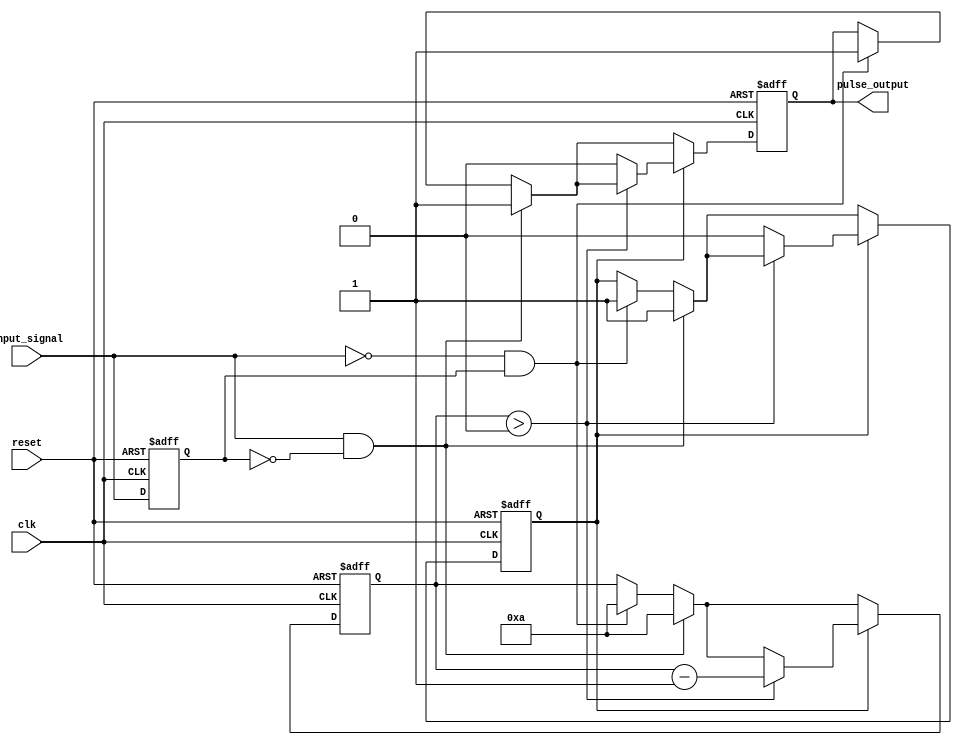
module pulse_edge_detector (
    input wire clk,               // Clock signal
    input wire reset,             // Asynchronous reset
    input wire input_signal,      // Input signal to detect edges
    output reg pulse_output        // Pulse output
);

    reg prev_state;               // Register to hold previous state of input_signal
    reg pulse_active;             // Flag to indicate if pulse is active
    reg [3:0] pulse_counter;      // Counter to control pulse width (4-bit for example)

    // Parameter for pulse width
    parameter PULSE_WIDTH = 4'd10; // Adjust this value for desired pulse width

    // Sequential logic to capture the previous state
    always @(posedge clk or posedge reset) begin
        if (reset) begin
            prev_state <= 1'b0;     // Reset previous state to low
            pulse_active <= 1'b0;   // Deactivate pulse
            pulse_output <= 1'b0;    // Reset pulse output
            pulse_counter <= 4'd0;   // Reset counter
        end else begin
            // Check for edge detection
            if (input_signal && !prev_state) begin
                // Rising edge detected
                pulse_active <= 1'b1;
                pulse_output <= 1'b1;  // Activate pulse output
                pulse_counter <= PULSE_WIDTH; // Load counter for pulse width
            end else if (!input_signal && prev_state) begin
                // Falling edge detected
                pulse_active <= 1'b1;
                pulse_output <= 1'b1;  // Activate pulse output
                pulse_counter <= PULSE_WIDTH; // Load counter for pulse width
            end
            
            // Store the current state as the previous state for the next clock cycle
            prev_state <= input_signal;

            // Manage pulse output duration
            if (pulse_active) begin
                if (pulse_counter > 0) begin
                    pulse_counter <= pulse_counter - 1; // Decrement counter
                end else begin
                    pulse_active <= 1'b0; // Deactivate pulse
                    pulse_output <= 1'b0; // Set pulse output low
                end
            end
        end
    end

endmodule